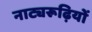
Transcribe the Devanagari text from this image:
नाट्यरूढ़ियों